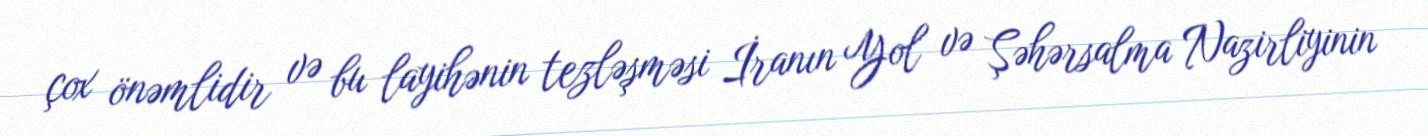
çox önəmlidir və bu layihənin tezləşməsi İranın Yol və Şəhərsalma Nazirliyinin